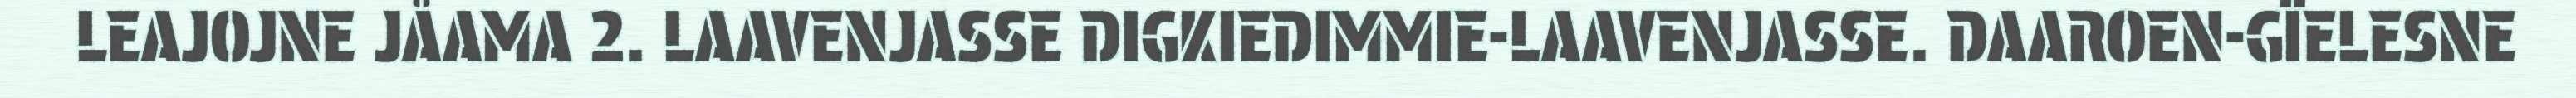
LEAJOJNE JÅAMA 2. LAAVENJASSE DIGKIEDIMMIE-LAAVENJASSE. DAAROEN-GÏELESNE